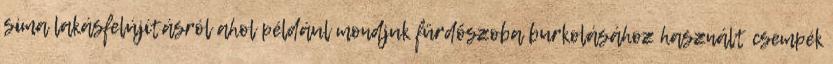
sima lakásfelújításról ahol például mondjuk fürdőszoba burkolásához használt csempék